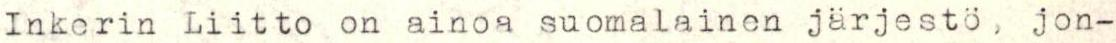
Inkerin Liitto on ainoa suomalainen järjestö, jon-